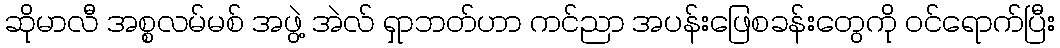
ဆိုမာလီ အစ္စလမ်မစ် အဖွဲ့ အဲလ် ရှာဘတ်ဟာ ကင်ညာ အပန်းဖြေစခန်းတွေကို ဝင်ရောက်ပြီး